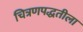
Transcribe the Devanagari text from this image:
चित्रणपद्धतीला